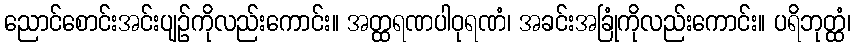
ညောင်စောင်းအင်းပျဉ်ကိုလည်းကောင်း။ အတ္ထရဏပါဝုရဏံ၊ အခင်းအခြုံကိုလည်းကောင်း။ ပရိဘုတ္ထံ၊